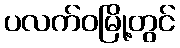
ပလက်ဝမြို့တွင်